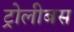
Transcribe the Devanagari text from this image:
ट्रोलीबस